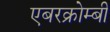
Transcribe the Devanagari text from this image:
एबरक्रोम्बी